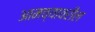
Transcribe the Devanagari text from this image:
आमच्यावरील